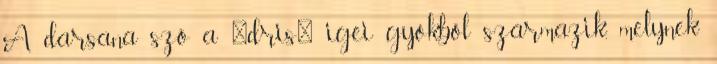
A darsana szó a 'dris' igei gyökből származik, melynek